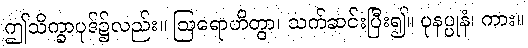
ဤသိက္ခာပုဒ်၌လည်း။ ဩရောဟိတွာ၊ သက်ဆင်းပြီး၍။ ပုနပ္ပုနံ၊ ကား။